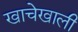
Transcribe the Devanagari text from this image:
खाचेखाली